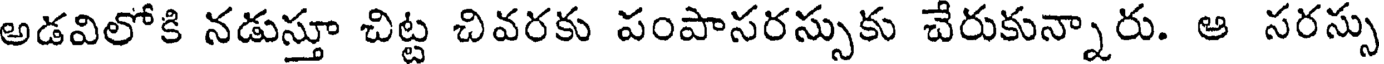
అడవిలోకి నడుస్తూ చిట్ట చివరకు పంపాసరస్సుకు చేరుకున్నారు. ఆ సరస్సు